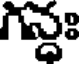
గన్ధః